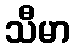
သီမာ